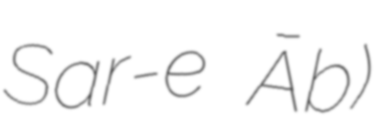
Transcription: Sar-e Āb)